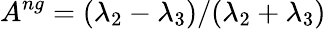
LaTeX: A^{ng}=(\lambda_{2}-\lambda_{3})/(\lambda_{2}+\lambda_{3})